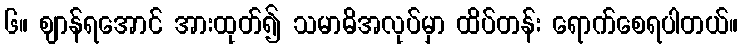
၆။ ဈာန်ရအောင် အားထုတ်၍ သမာဓိအလုပ်မှာ ထိပ်တန်း ရောက်စေရပါတယ်။